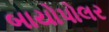
બાયોપોલર